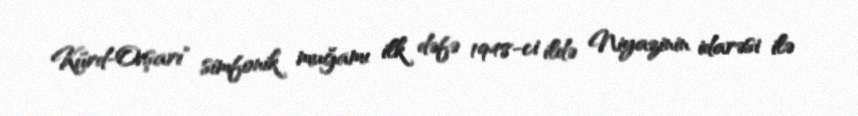
Kürd-Ovşarı" simfonik muğamı ilk dəfə 1948-ci ildə Niyazinin idarəsi ilə